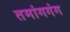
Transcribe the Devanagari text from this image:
तमांगगंग